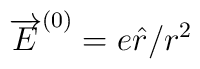
\overrightarrow{E}^{(0)} = e \hat r / r^2